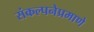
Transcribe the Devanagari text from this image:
संकल्पनेप्रमाणे